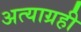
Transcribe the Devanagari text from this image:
अत्याग्रही